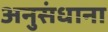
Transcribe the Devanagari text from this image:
अनुसंधाना